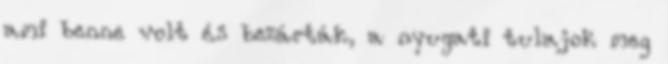
ami benne volt és bezárták, a nyugati tulajok meg